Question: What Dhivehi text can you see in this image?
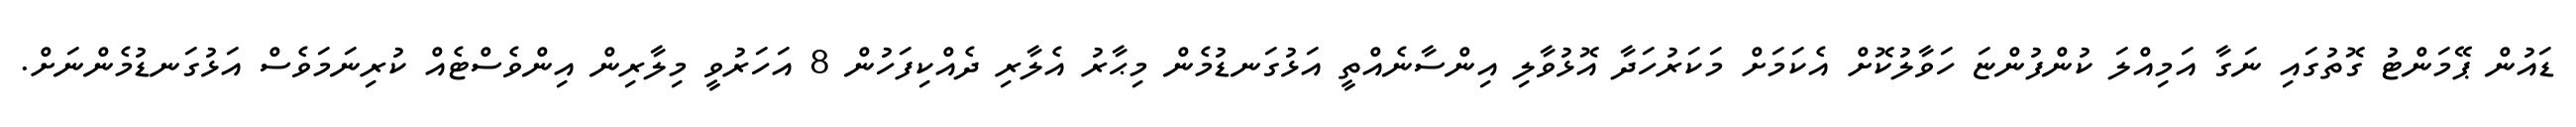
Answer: ޑައުން ޕޭމަންޓު ގޮތުގައި ނަގާ އަމިއްލަ ކުންފުންޏަ ހަވާލުކޮށް އެކަމަށް މަކަރުހަދާ އޮޅުވާލި އިންސާނެއްތީ އަޅުގަނޑުމެން މިޙާރު އެލާރި ދެއްކިފަހުން 8 އަހަރުވީ މިލާރިން އިންވެސްޓެއް ކުރިނަމަވެސް އަޅުގަނޑުމެންނަށް.